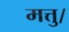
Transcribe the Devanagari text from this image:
मत्तु।